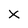
Character: X